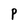
Character: P